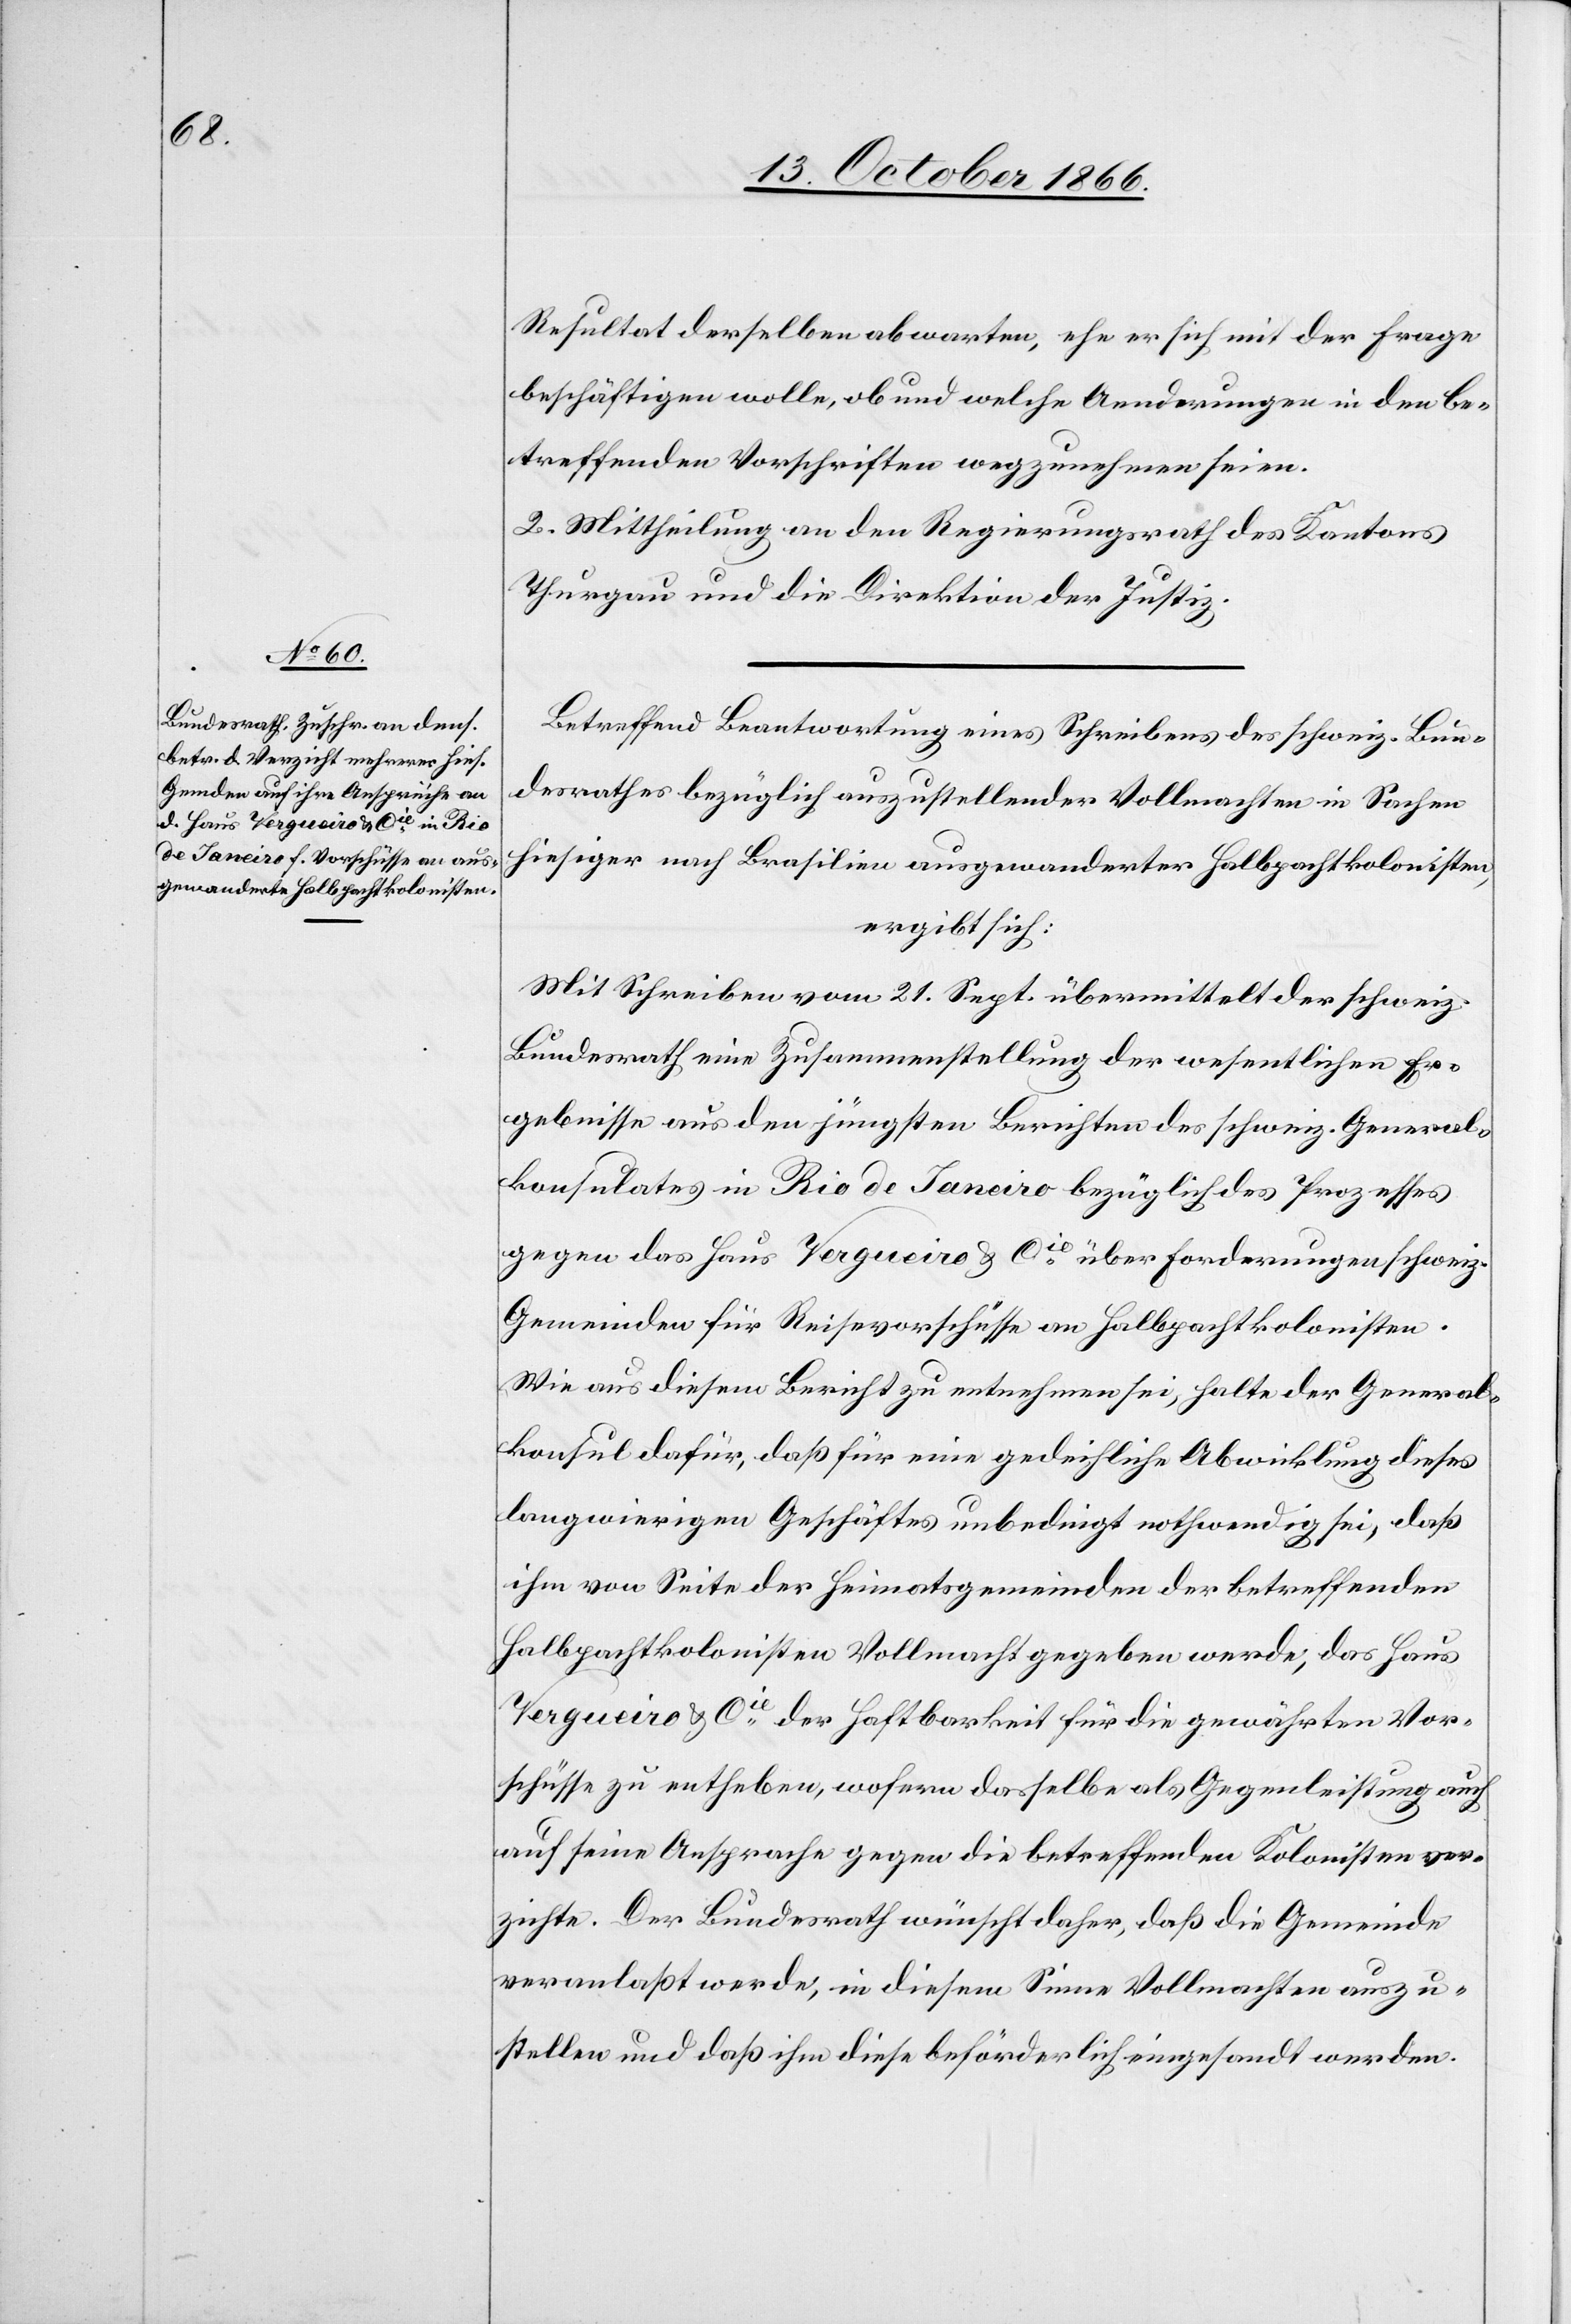
Resultat derselben abwarten, ehe er sich mit der Frage
beschäftigen wolle, ob und welche Aenderungen in den be¬
treffenden Vorschriften wegzunehmen seien.
2. Mittheilung an den Regierungsrath des Kantons
Thurgau und die Direktion der Justiz.
Betreffend Beantwortung eines Schreibens des schweiz. Bun¬
desrathes bezüglich auszustellender Vollmachten in Sachen
hiesiger nach Brasilien ausgewanderter Halbpachtkolonisten,
ergibt sich:
Mit Schreiben vom 21. Sept. übermittelt der schweiz.
Bundesrath eine Zusammenstellung der wesentlichen Er¬
gebnisse aus den jüngsten Berichten des schweiz. General¬
konsulates in Rio de Janeiro bezüglich des Prozesses
gegen das Haus Vergueiro & Cie. über Forderungen schweiz.
Gemeinden für Reisevorschüsse an Halbpachtkolonisten.
Wie aus diesem Bericht zu entnehmen sei, halte der General¬
konsul dafür, daß für eine gedeihliche Abwicklung dieses
langwierigen Geschäftes unbedingt nothwendig sei, daß
ihm von Seite der Heimatsgemeinden der betreffenden
Halbpachtkolonisten Vollmacht gegeben werde, das Haus
Vergueiro & Cie. der Haftbarkeit für die gewährten Vor¬
schüsse zu entheben, wofern dasselbe als Gegenleistung auch
auf seine Ansprache gegen die betreffenden Kolonisten ver¬
zichte. Der Bundesrath wünscht daher, daß die Gemeinde[n]
veranlaßt werde[n], in diesem Sinne Vollmachten auszu¬
stellen und daß ihm diese beförderlich eingesandt werden.